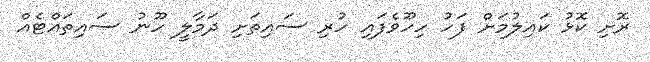
ރޮށި ކޮޅު ކައިލުމަށް ފަހު ހިހޫވެފައި ހުރި ސައިތަށި ދަމާލީ ހޫނު ސައިތައްޓެއް